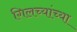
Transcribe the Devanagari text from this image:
गिलच्यांच्या